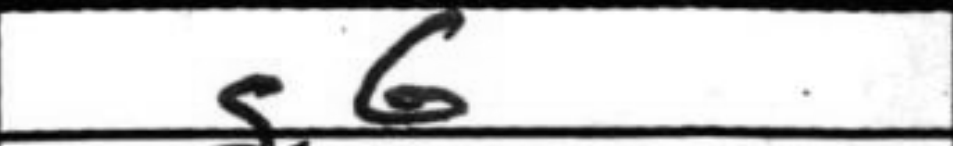
Transcription: g6